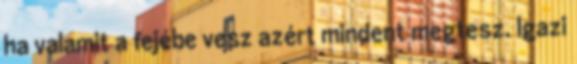
ha valamit a fejébe vesz azért mindent megtesz. Igazi